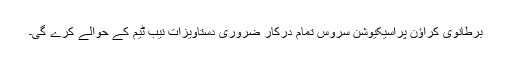
برطانوی کراؤن پراسیکیوشن سروس تمام درکار ضروری دستاویزات نیب ٹیم کے حوالے کرے گی۔